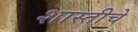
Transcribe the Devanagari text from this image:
शास्तीचे